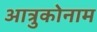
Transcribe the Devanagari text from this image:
आत्रुकोनाम